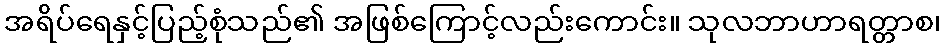
အရိပ်ရေနှင့်ပြည့်စုံသည်၏ အဖြစ်ကြောင့်လည်းကောင်း။ သုလဘာဟာရတ္တာစ၊